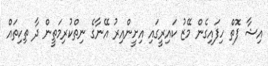
އިޝާ ފޮތް ހިފައިގެން މޭޒު ކައިރީގައި އިށީންއިރު އޭނާގެ ނިތްކުރިމަތީން ދާ ތިކިތައް